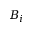
B _ { i }